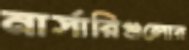
নার্সারিগুলোর